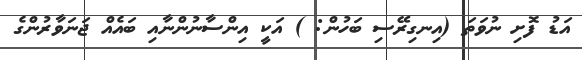
އަޑު ފޮށި ނުވަތަ (އިނގިރޭސި ބަހުން: ) އަކީ އިންސާނުންނާއި ބައެއް ޖަނަވާރުންގެ